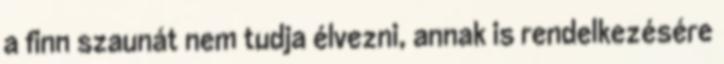
a finn szaunát nem tudja élvezni, annak is rendelkezésére